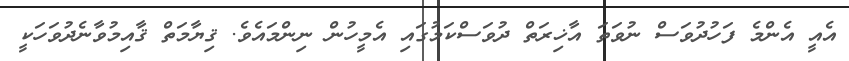
އެއީ އެންމެ ފަހުދުވަސް ނުވަތަ އާޚިރަތް ދުވަސްކަމުގައި އެމީހުން ނިންމައެވެ. ޤިޔާމަތް ޤާއިމުވާނެދުވަހަކީ